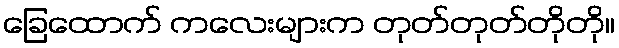
ခြေထောက် ကလေးများက တုတ်တုတ်တိုတို။